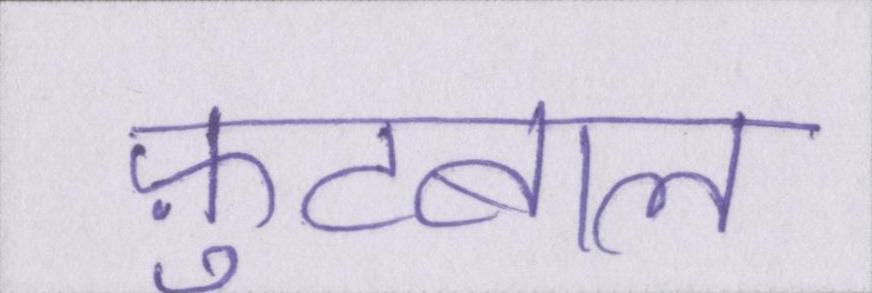
फ़ुटबाल